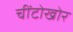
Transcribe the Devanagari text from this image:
चींटोखोर